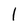
Character: I